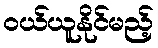
ဝယ်ယူနိုင်မည့်